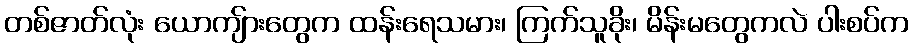
တစ်ဇာတ်လုံး ယောကျ်ားတွေက ထန်းရေသမား၊ ကြက်သူခိုး၊ မိန်းမတွေကလဲ ပါးစပ်က